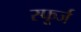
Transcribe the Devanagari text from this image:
स्फूर्ज